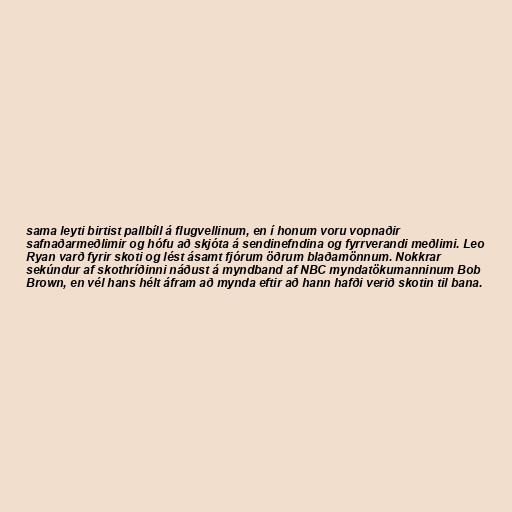
sama leyti birtist pallbíll á flugvellinum, en í honum voru vopnaðir
safnaðarmeðlimir og hófu að skjóta á sendinefndina og fyrrverandi meðlimi. Leo
Ryan varð fyrir skoti og lést ásamt fjórum öðrum blaðamönnum. Nokkrar
sekúndur af skothríðinni náðust á myndband af NBC myndatökumanninum Bob
Brown, en vél hans hélt áfram að mynda eftir að hann hafði verið skotin til bana.